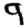
Digit: 9